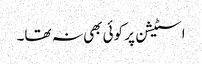
اسٹیشن پر کوئی بھی نہ تھا۔